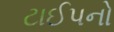
ટાઈપનો